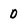
Character: D